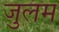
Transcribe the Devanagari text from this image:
जुलम